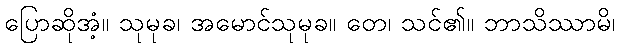
ပြောဆိုအံ့။ သုမုခ၊ အမောင်သုမုခ။ တေ၊ သင်၏။ ဘာသိဿာမိ၊